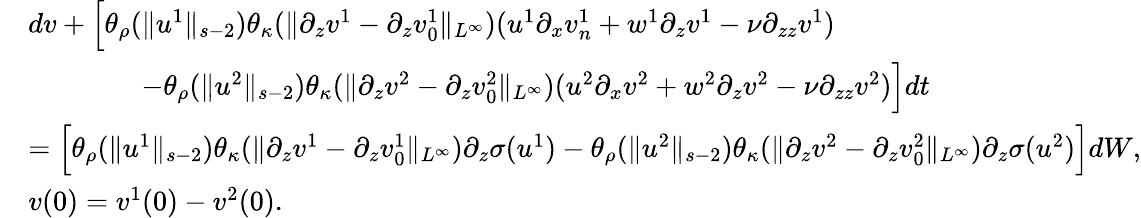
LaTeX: \begin{array}{rl}&{dv+\Big[\theta_{\rho}(\| u^{1}\| _{s-2})\theta_{\kappa}(\| \partial_{z}v^{1}-\partial_{z}v_{0}^{1}\| _{L^{\infty}})(u^{1}\partial_{x}v_{n}^{1}+w^{1}\partial_{z}v^{1}-\nu\partial_{zz}v^{1})}\\ &{\qquad\qquad-\theta_{\rho}(\| u^{2}\| _{s-2})\theta_{\kappa}(\| \partial_{z}v^{2}-\partial_{z}v_{0}^{2}\| _{L^{\infty}})(u^{2}\partial_{x}v^{2}+w^{2}\partial_{z}v^{2}-\nu\partial_{zz}v^{2})\Big]dt}\\ &{=\Big[\theta_{\rho}(\| u^{1}\| _{s-2})\theta_{\kappa}(\| \partial_{z}v^{1}-\partial_{z}v_{0}^{1}\| _{L^{\infty}})\partial_{z}\sigma(u^{1})-\theta_{\rho}(\| u^{2}\| _{s-2})\theta_{\kappa}(\| \partial_{z}v^{2}-\partial_{z}v_{0}^{2}\| _{L^{\infty}})\partial_{z}\sigma(u^{2})\Big]dW,}\\ &{v(0)=v^{1}(0)-v^{2}(0).}\end{array}